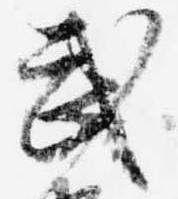
武